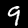
Label: 9